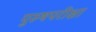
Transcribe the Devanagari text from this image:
पुरुषपरीक्षा